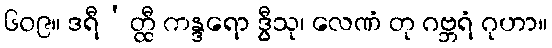
၆၀၉။ ဒရီ’တ္ထီ ကန္ဒရော ဒွီသု၊ လေဏံ တု ဂဗ္ဘရံ ဂုဟာ။